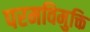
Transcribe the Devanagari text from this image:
परमविमुक्ति